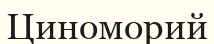
Циноморий